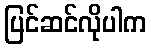
ပြင်ဆင်လိုပါက